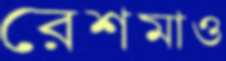
রেশমাও